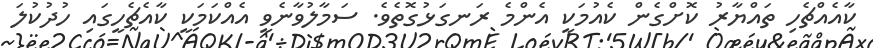
ކާއެއްޗެހި ތައްޔާރު ކޮށްގެން ކެއުމަކީ އެންމެ ރަނގަޅުގޮތެވެ. ސަމާލުވާނެވީ އެއްކަމަކީ ކާއެޗެހީގައި ހުދުކުލަ